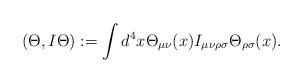
LaTeX: \begin{align*}(\Theta, I \Theta):= \int d^4x \Theta_{\mu\nu}(x) I_{\mu\nu\rho\sigma} \Theta_{\rho\sigma}(x) .\end{align*}